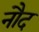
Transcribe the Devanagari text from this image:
नौद